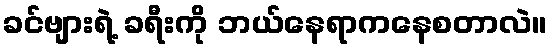
ခင်ဗျားရဲ့ ခရီးကို ဘယ်နေရာကနေစတာလဲ။